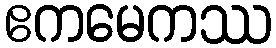
ဧကမေကဿ